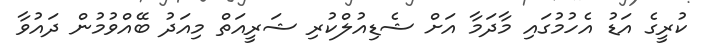
ކުރީގެ އަޑު އެހުމުގައި މާދަމާ އަށް ޝެޑިއުލްކުރި ޝަރީއަތް މިއަދު ބޭއްވުމުން ދައުވާ